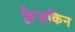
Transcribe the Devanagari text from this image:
फ़्रेडकिन